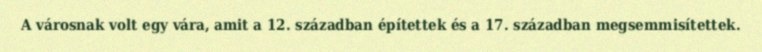
A városnak volt egy vára, amit a 12. században építettek és a 17. században megsemmisítettek.